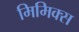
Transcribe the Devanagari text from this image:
मिमिक्स